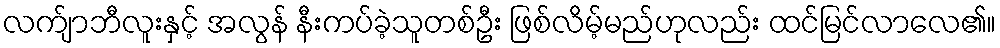
လက်ျာဘီလူးနှင့် အလွန် နီးကပ်ခဲ့သူတစ်ဦး ဖြစ်လိမ့်မည်ဟုလည်း ထင်မြင်လာလေ၏။